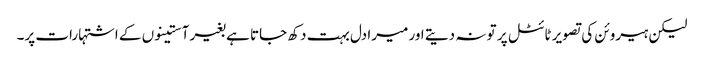
لیکن ہیروئن کی تصویر ٹائٹل پر تو نہ دیتے اور میرا دل بہت دکھ جاتا ہے بغیر آستینوں کے اشتہارات پر۔